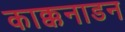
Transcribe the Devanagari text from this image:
काक्कनाडन